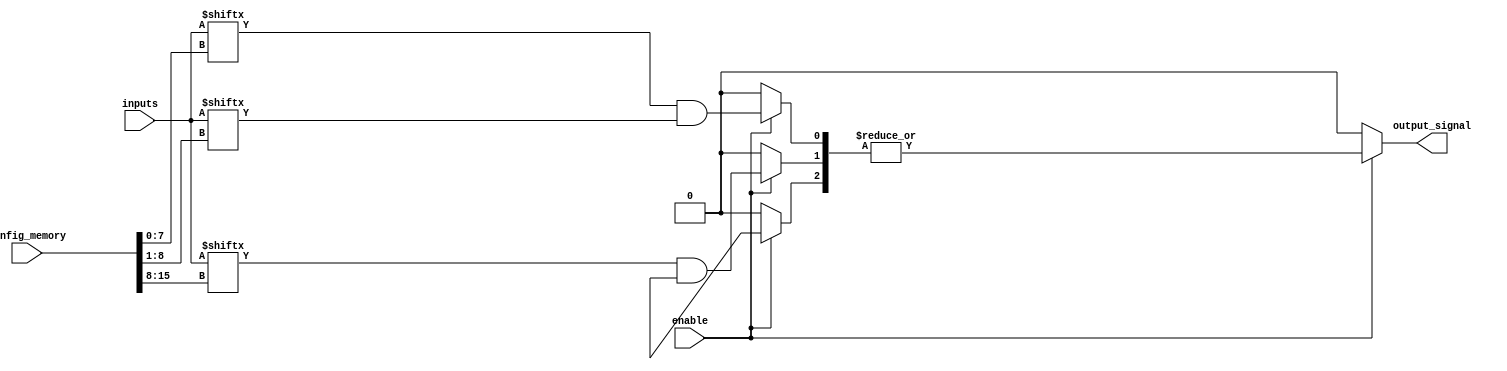
module CLB (
    input wire [N-1:0] inputs,       // N input signals
    input wire [M-1:0] config_memory, // M configuration signals for programmable connections
    input wire enable,                // Control signal to enable/disable logic paths
    output wire output_signal         // Output signal from the CLB
);
    parameter N = 8; // Number of inputs
    parameter M = 16; // Number of product terms (AND gates)

    // Intermediate product terms
    wire [M-1:0] product_terms;

    // Generate AND gates based on configuration memory
    genvar i, j;
    generate
        for (i = 0; i < M; i = i + 1) begin : and_gates
            // Each AND gate takes a subset of inputs based on configuration
            assign product_terms[i] = (enable) ? (inputs[config_memory[i * N +: N]] & inputs[config_memory[i * N + 1 +: N]]) : 1'b0;
        end
    endgenerate

    // Final output logic using OR gates
    assign output_signal = (enable) ? |product_terms : 1'b0;

endmodule